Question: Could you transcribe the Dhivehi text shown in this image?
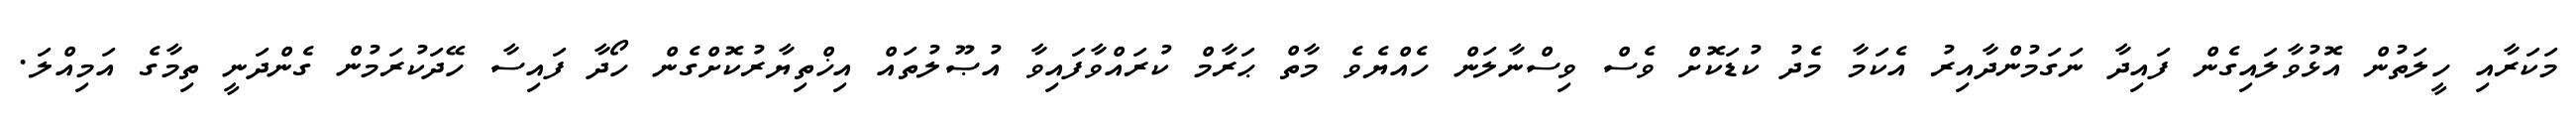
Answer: މަކަރާއި ހީލަތުން އޮޅުވާލައިގެން ފައިދާ ނަގަމުންދާއިރު އެކަމާ މެދު ކުޑަކޮށް ވެސް ވިސްނާލަން ހެއްޔެވެ މާތް ޙަރާމް ކުރައްވާފައިވާ އުޞޫލުތައް އިޚްތިޔާރުކޮށްގެން ހޯދާ ފައިސާ ހޭދަކުރަމުން ގެންދަނީ ތިމާގެ އަމިއްލަ.